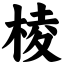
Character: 棱